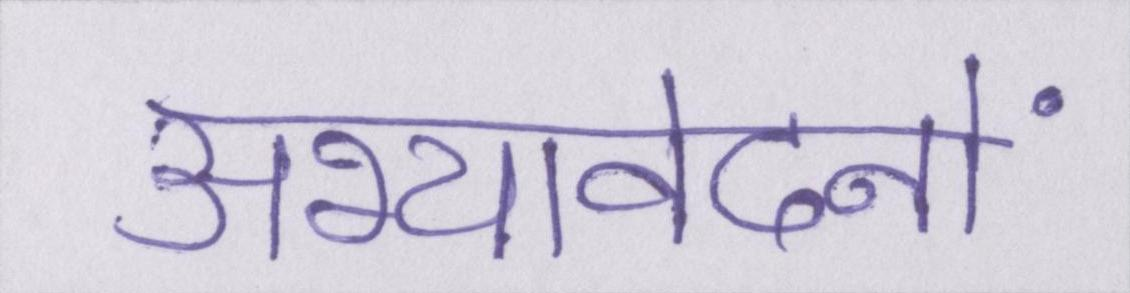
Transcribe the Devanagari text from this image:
अभ्यावेदनों